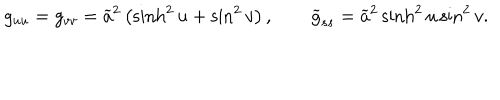
g _ { u u } = g _ { v v } = \widetilde { a } ^ { 2 } \left( \sinh ^ { 2 } u + \sin ^ { 2 } v \right) , \qquad \widetilde { g } _ { s s } = \widetilde { a } ^ { 2 } \sinh ^ { 2 } u \sin ^ { 2 } v .